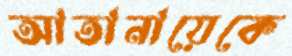
আতানায়েকে